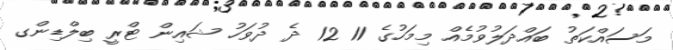
މަސައްކަތު ބައްދަލުވުމެއް މިމަހުގެ 11 12 ދެ ދުވަހު ޝައިން ޓްރީ ބިލްޑިންގ